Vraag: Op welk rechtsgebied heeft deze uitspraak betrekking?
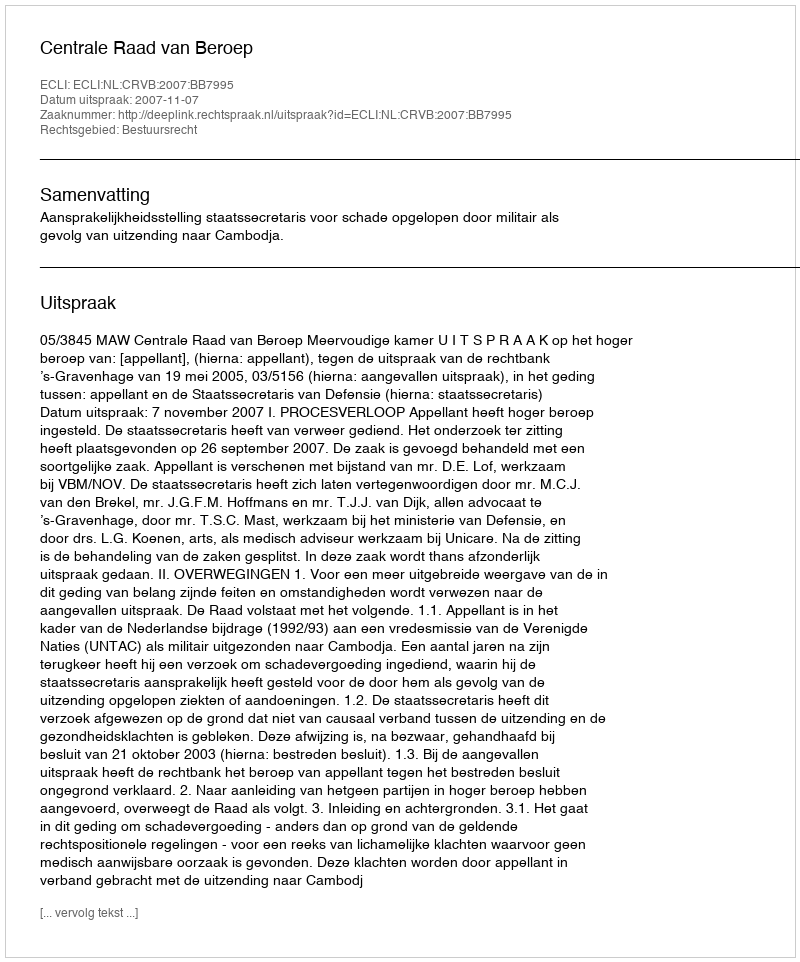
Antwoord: Bestuursrecht